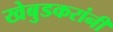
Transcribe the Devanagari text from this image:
खेबुडकरांनी